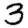
Digit: 3